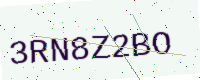
Text: 3RN8Z2BO